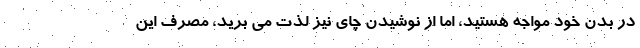
در بدن خود مواجه هستید، اما از نوشیدن چای نیز لذت می برید، مصرف این